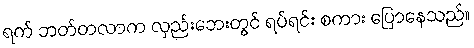
ရက် ဘတ်တလာက လှည်းဘေးတွင် ရပ်ရင်း စကား ပြောနေသည်။